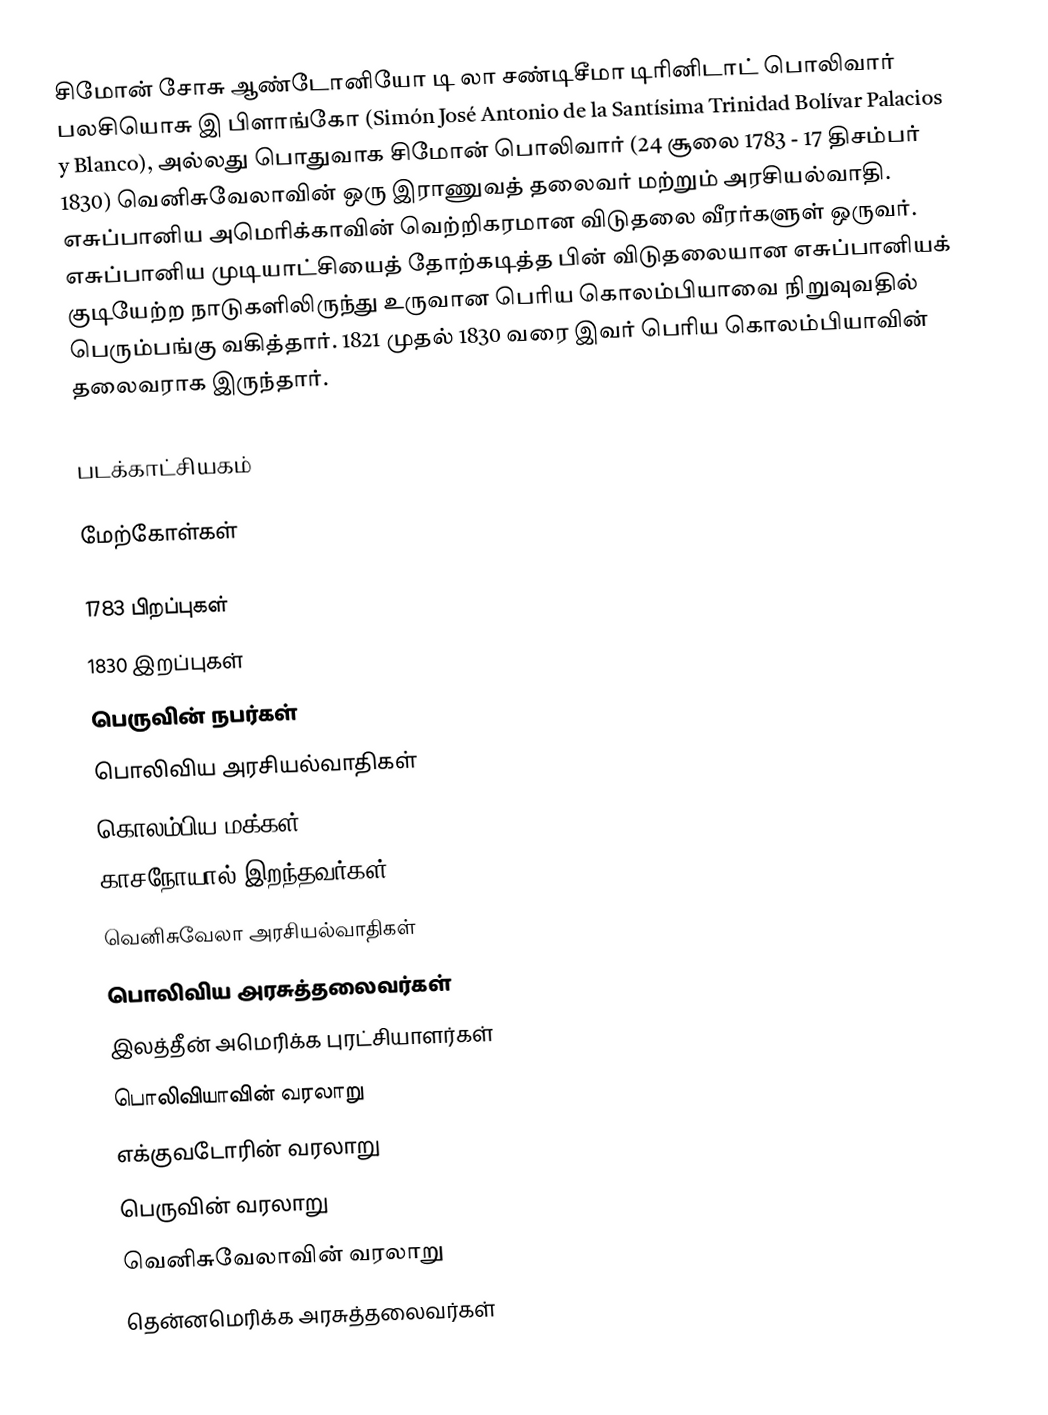
சிமோன் சோசு ஆண்டோனியோ டி லா சண்டிசீமா டிரினிடாட் பொலிவார் பலசியொசு இ பிளாங்கோ (Simón José Antonio de la Santísima Trinidad Bolívar Palacios y Blanco), அல்லது பொதுவாக சிமோன் பொலிவார் (24 சூலை 1783 - 17 திசம்பர் 1830) வெனிசுவேலாவின் ஒரு இராணுவத் தலைவர் மற்றும் அரசியல்வாதி. எசுப்பானிய அமெரிக்காவின் வெற்றிகரமான விடுதலை வீரர்களுள் ஒருவர். எசுப்பானிய முடியாட்சியைத் தோற்கடித்த பின் விடுதலையான எசுப்பானியக் குடியேற்ற நாடுகளிலிருந்து உருவான பெரிய கொலம்பியாவை நிறுவுவதில் பெரும்பங்கு வகித்தார். 1821 முதல் 1830 வரை இவர் பெரிய கொலம்பியாவின் தலைவராக இருந்தார்.

படக்காட்சியகம்

மேற்கோள்கள்

1783 பிறப்புகள்
1830 இறப்புகள்
பெருவின் நபர்கள்
பொலிவிய அரசியல்வாதிகள்
கொலம்பிய மக்கள்
காசநோயால் இறந்தவர்கள்
வெனிசுவேலா அரசியல்வாதிகள்
பொலிவிய அரசுத்தலைவர்கள்
இலத்தீன் அமெரிக்க புரட்சியாளர்கள்
பொலிவியாவின் வரலாறு
எக்குவடோரின் வரலாறு
பெருவின் வரலாறு
வெனிசுவேலாவின் வரலாறு
தென்னமெரிக்க அரசுத்தலைவர்கள்